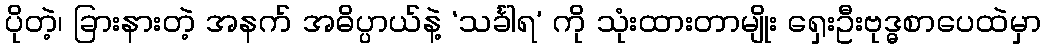
ပိုတဲ့၊ ခြားနားတဲ့ အနက် အဓိပ္ပာယ်နဲ့ ‘သင်္ခါရ’ ကို သုံးထားတာမျိုး ရှေးဦးဗုဒ္ဓစာပေထဲမှာ